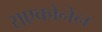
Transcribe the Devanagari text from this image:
राएकोनेन